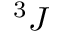
^ 3 J